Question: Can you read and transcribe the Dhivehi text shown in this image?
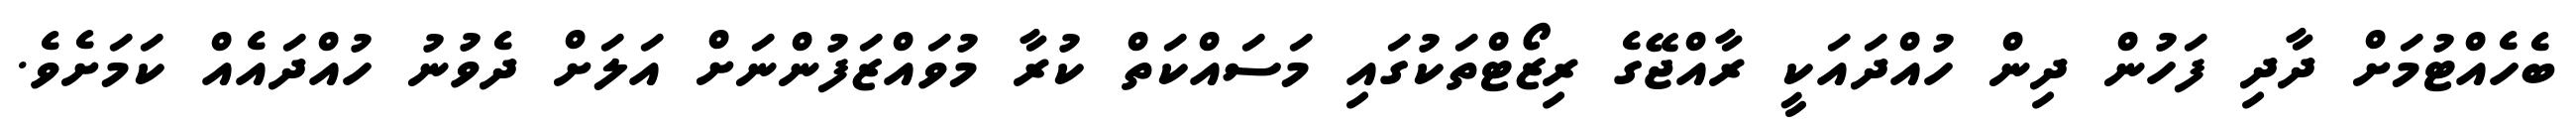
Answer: ބެހެއްޓުމަށް ދާދި ފަހުން ދިން ހުއްދައަކީ ރާއްޖޭގެ ރިޒޯޓްތަކުގައި މަސައްކަތް ކުރާ މުވައްޒަފުންނަށް އަލަށް ދެވުނު ހުއްދައެއް ކަމަށެވެ.